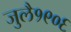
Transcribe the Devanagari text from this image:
जुलै१९०६